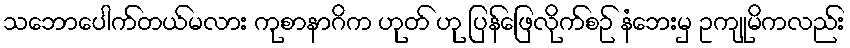
သဘောပေါက်တယ်မလား ကုစာနာဂိက ဟုတ် ဟု ပြန်ဖြေလိုက်စဉ် နံဘေးမှ ဥကျုမိကလည်း